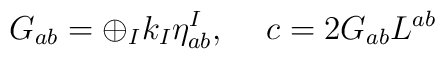
G_{ab}=\oplus_I k_I\eta_{ab}^I,\hspace{.2in} c=2G_{ab}L^{ab}